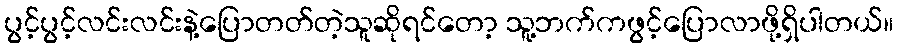
ပွင့်ပွင့်လင်းလင်းနဲ့ပြောတတ်တဲ့သူဆိုရင်တော့ သူ့ဘက်ကဖွင့်ပြောလာဖို့ရှိပါတယ်။